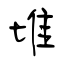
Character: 堆